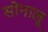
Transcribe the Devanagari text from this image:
सोनालू